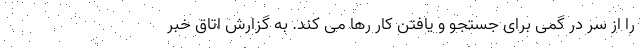
را از سر در گمی برای جستجو و یافتن کار رها می کند. به گزارش اتاق خبر